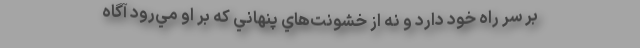
بر سر راه خود دارد و نه از خشونت‌هاي پنهاني كه بر او مي‌رود آگاه